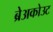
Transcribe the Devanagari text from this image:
ब्रेअकोउट